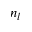
n _ { l }